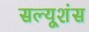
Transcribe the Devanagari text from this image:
सल्यूशंस